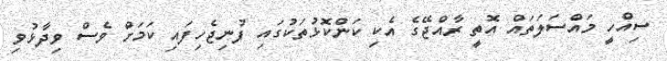
ސިއްހީ މައްސަލަތައް އޮތީ ރާއްޖޭގެ އެކި ކަންކޮޅުތަކުގައި ފުނިޖެހިފައި ކަމަށް ވެސް ވިދާޅުވި